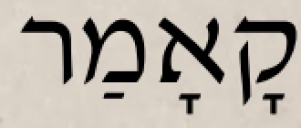
קָאָמַר